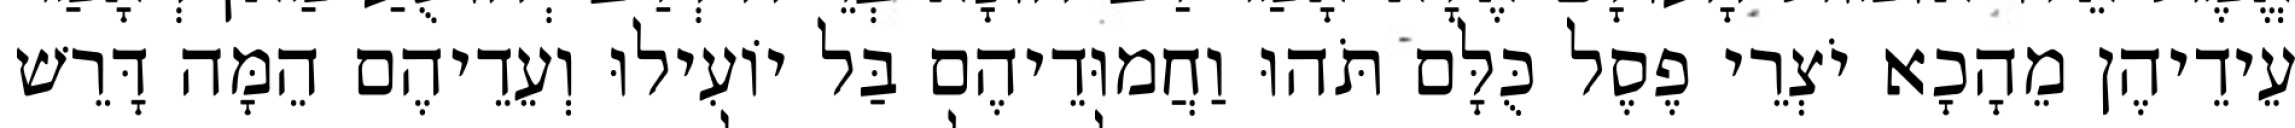
עֵידֵיהֶן מֵהָכָא יֹצְרֵי פֶסֶל כֻּלָּם תֹּהוּ וַחֲמוּדֵיהֶם בַּל יוֹעִילוּ וְעֵדֵיהֶם הֵמָּה דָּרֵשׁ